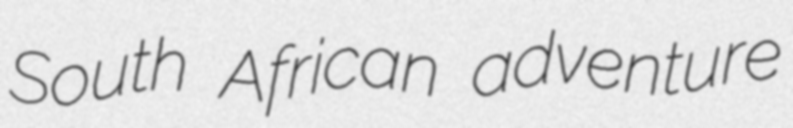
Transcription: South African adventure